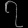
Digit: ၇